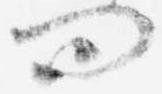
問